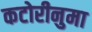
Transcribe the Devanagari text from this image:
कटोरीनुमा